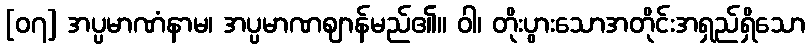
[၀၇] အပ္ပမာဏံနာမ၊ အပ္ပမာဏဈာန်မည်၏။ ဝါ၊ တိုးပွားသောအတိုင်းအရှည်ရှိသော